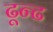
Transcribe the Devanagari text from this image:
ढून्ढ